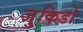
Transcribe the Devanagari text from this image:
जुकिडो